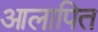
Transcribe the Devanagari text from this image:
आलापित